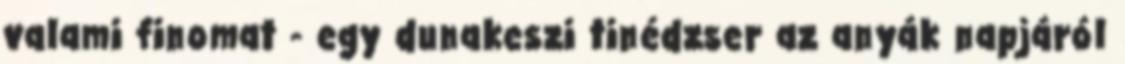
valami finomat - egy dunakeszi tinédzser az anyák napjáról